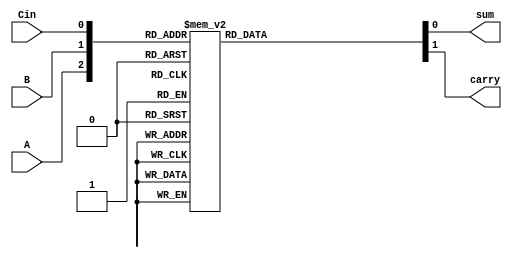
//Behavioural Modelling for Full Adder

module exp_beh(sum, carry, A, B, Cin);
input A, B, Cin; output sum, carry;
reg sum, carry;
always @ (A or B or Cin)
begin
case ({A, B, Cin})
3'b000 : begin sum = 0; carry = 0; end
3'b001 : begin sum = 1; carry = 0; end
3'b010 : begin sum = 1; carry = 0; end
3'b011 : begin sum = 0; carry = 1; end
3'b100 : begin sum = 1; carry = 0; end
3'b101 : begin sum = 0; carry = 1; end
3'b110 : begin sum = 0; carry = 1; end
3'b111 : begin sum = 1; carry = 1; end
endcase
end
endmodule